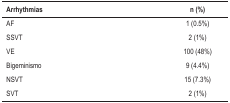
| Arrhythmias | n (%) |
 | --- | --- |
 | AF | 1 (0.5%) |
 | SSVT | 2 (1%) |
 | VE | 100 (48%) |
 | Bigeminismo | 9 (4.4%) |
 | NSVT | 15 (7.3%) |
 | SVT | 2 (1%) |